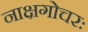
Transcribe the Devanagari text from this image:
नाक्षगोचरः